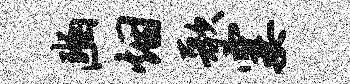
豳烟歌霎